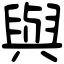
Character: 與